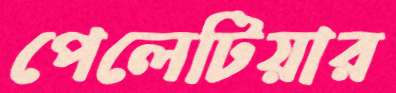
পেলেটিয়ার